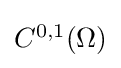
{\textstyle C^{0,1}(\Omega )}